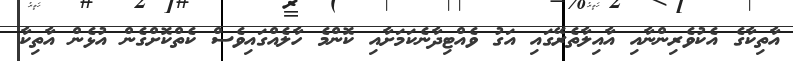
އާތިކާގެ އެކުވެރިންނާއި އާއިލާތެރޭގައި އަގު ވެއްޓިދާނެކަމަށާއި ކޮންމެ ހާލެއްގައިވެސް ކެތްކޮށްގެން އުޅެން އާތިކާ